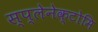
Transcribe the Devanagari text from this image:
स्प्लेनेक्टोमि